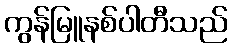
ကွန်မြူနစ်ပါတီသည်